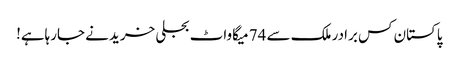
پاکستان کس برادر ملک سے 74 میگاواٹ بجلی خریدنے جارہاہے!